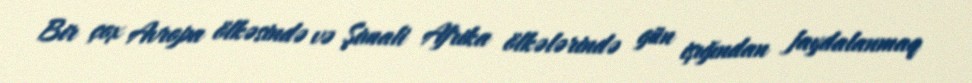
Bir çox Avropa ölkəsində və Şimali Afrika ölkələrində gün işığından faydalanmaq